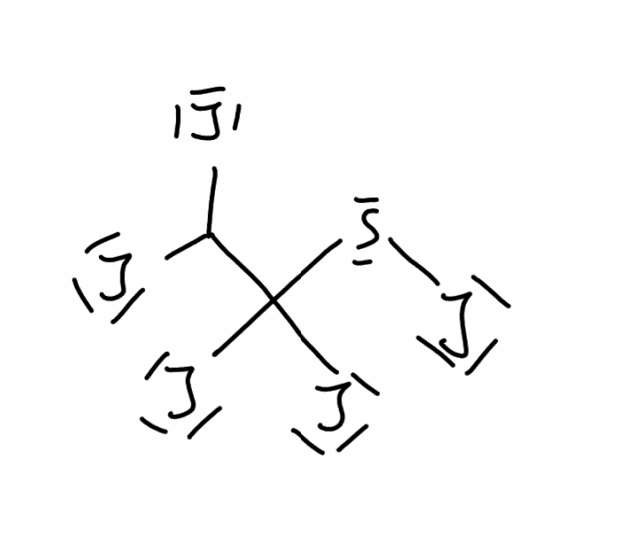
Simplified molecular-input line-entry system (SMILES) notation of the given molecule:
C(C(SI)(I)I)(I)I